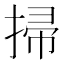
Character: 掃